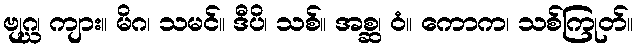
ဗျဂ္ဃ၊ ကျား။ မိဂ၊ သမင်။ ဒီပိ၊ သစ်။ အစ္ဆ၊ ဝံ။ ကောက၊ သစ်ကြုတ်။